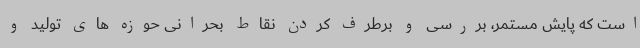
است که پایش مستمر، بررسی و برطرف کردن نقاط بحرانی حوزه های تولید و